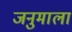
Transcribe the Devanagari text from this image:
जनुमाला